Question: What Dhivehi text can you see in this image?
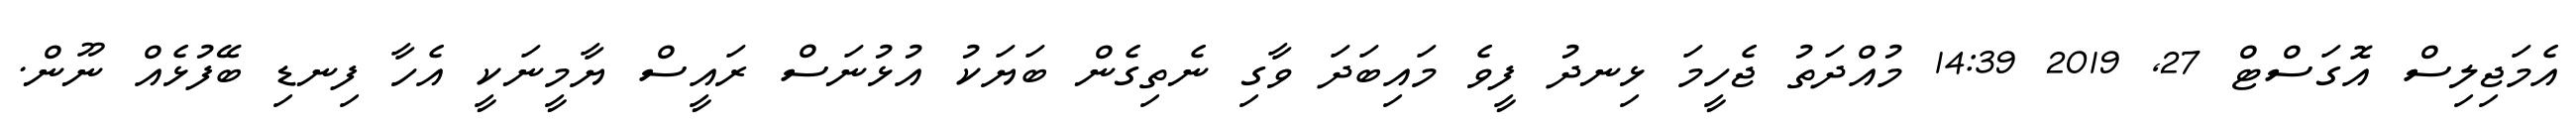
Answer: އެމަޖިލިސް އޮގަސްޓް 27, 2019 14:39 މުއްދަތު ޖެހީމަ ޅިނދު ފީވެ މައިބަދަ ވާގި ނެތިގެން ބަޔަކު އުޅުނަސް ރައީސް ޔާމީނަކީ އެހާ ފިނޑި ބޭފުޅެއް ނޫން.